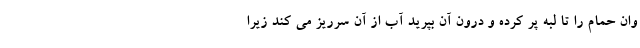
وان حمام را تا لبه پر کرده و درون آن بپرید آب از آن سرریز می کند زیرا